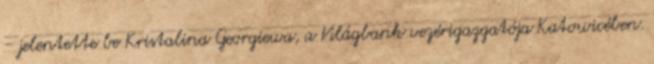
- jelentette be Kristalina Georgiewa, a Világbank vezérigazgatója Katowicében.